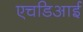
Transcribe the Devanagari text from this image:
एचडिआई